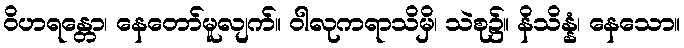
ဝိဟရန္တော၊ နေတော်မူလျက်။ ဝါလုကရာသိမှိ၊ သဲစု၌။ နိသိန္နံ၊ နေသော။